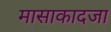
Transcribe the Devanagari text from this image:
मासाकादजा